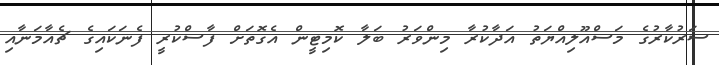
ސަރުކާރުގެ މަސްއޫލިއްޔަތު އަދާކުރާ މިންވަރު ބަލާ ކޮމިޓީން އެގޮތަށް ފާސްކުރީ ފެނަކައިގެ ޗެއާމަނާއި